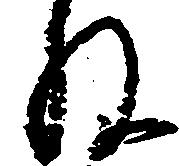
ね